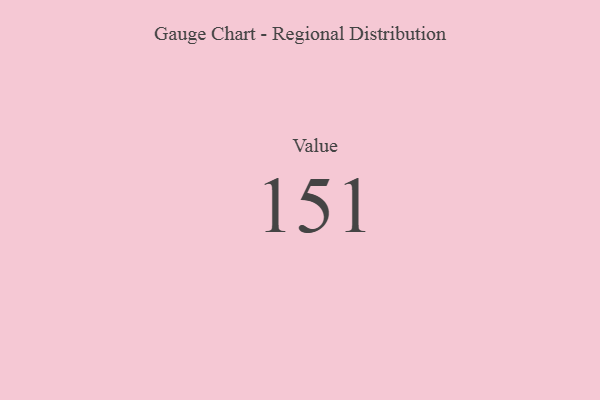
{"axis": {"x": "Metric", "y": "Value"}, "legend": [""], "data": [{"x": "Value", "y": 151, "type": ""}]}